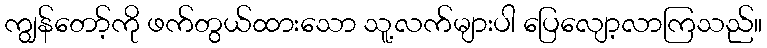
ကျွန်တော့်ကို ဖက်တွယ်ထားသော သူ့လက်များပါ ပြေလျော့လာကြသည်။